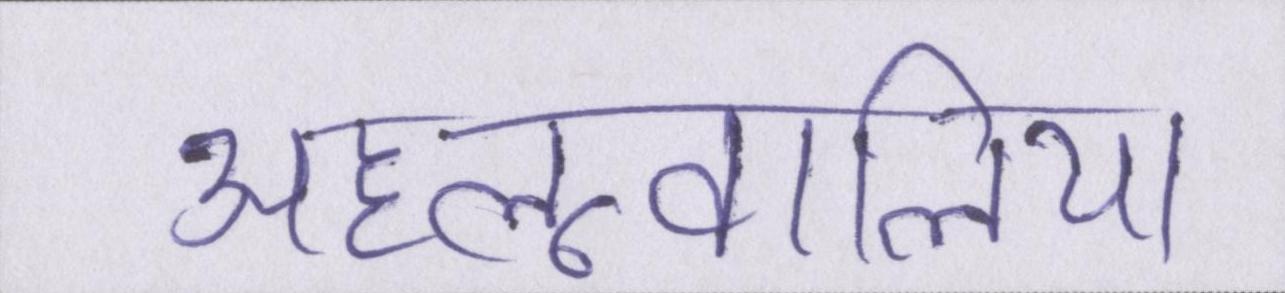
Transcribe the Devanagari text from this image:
अहलूवालिया